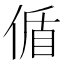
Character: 偱